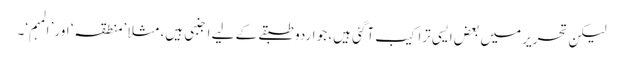
لیکن تحریر میں بعض ایسی تراکیب آگئی ہیں، جو اردو طبقے کے لیے اجنبی ہیں، مثلا ’منطقہ‘ اور’ المہم‘۔